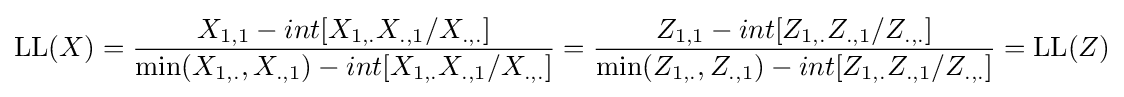
{\text{LL}}(X)={\frac {X_{1,1}-int[{X_{1,.}X_{.,1}}/{X_{.,.}}]}{{\text{min}}(X_{1,.},X_{.,1})-int[{X_{1,.}X_{.,1}}/{X_{.,.}}]}}={\frac {Z_{1,1}-int[{Z_{1,.}Z_{.,1}}/{Z_{.,.}}]}{{\text{min}}(Z_{1,.},Z_{.,1})-int[{Z_{1,.}Z_{.,1}}/{Z_{.,.}}]}}={\text{LL}}(Z)